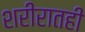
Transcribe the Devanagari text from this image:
शरीरातही